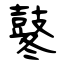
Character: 鼕